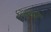
દગાબાઝ